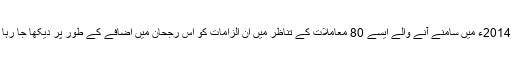
سن 2014ء میں سامنے آنے والے ایسے 80 معاملات کے تناظر میں ان الزامات کو اس رجحان میں اضافے کے طور پر دیکھا جا رہا ہے۔